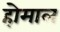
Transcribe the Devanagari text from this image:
होमाल